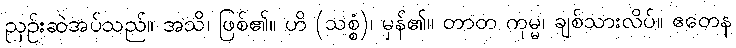
ညှဉ်းဆဲအပ်သည်။ အသိ၊ ဖြစ်၏။ ဟိ (သစ္စံ)၊ မှန်၏။ တာတ ကုမ္မ၊ ချစ်သားလိပ်။ ဧတေန